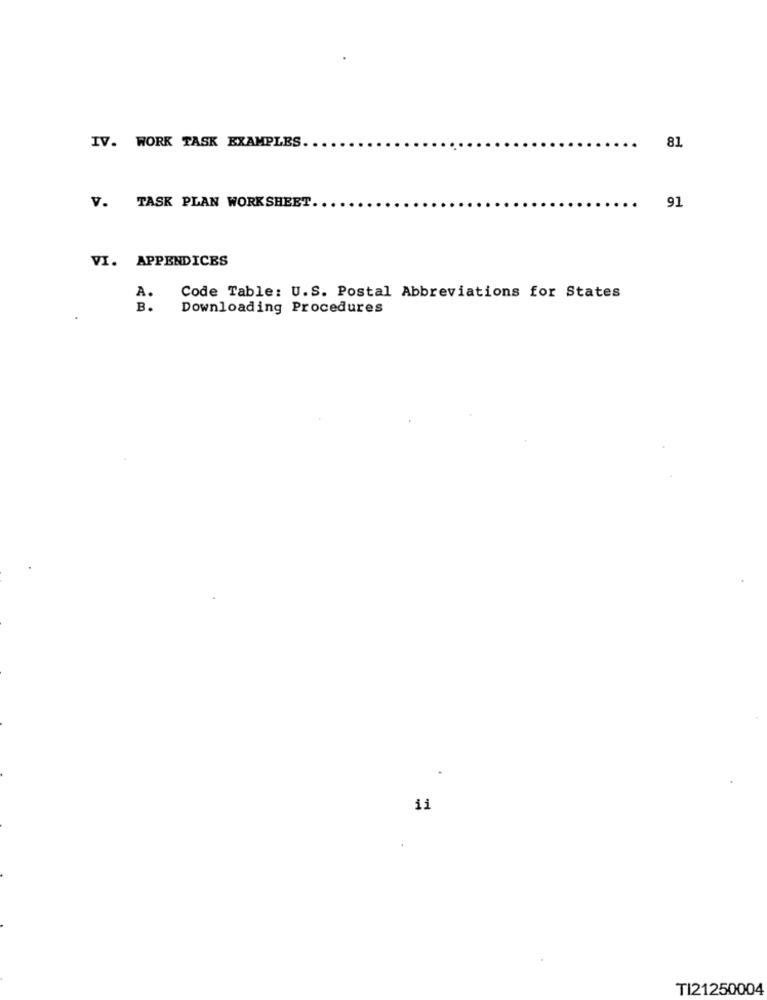
IV. WORK TASK EXAMPLES.
81
V. TASK PLAN WORKSHEET.
91
VI. APPENDICES
Code Table: U.S. Postal Abbreviations for States
A.
B.
Downloading Procedures
ii
TI21250004